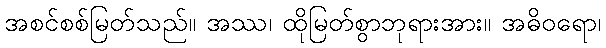
အစင်စစ်မြတ်သည်။ အဿ၊ ထိုမြတ်စွာဘုရားအား။ အဓိဝရော၊